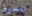
انحرف